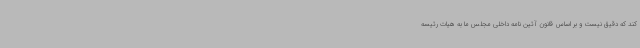
کند که دقیق نیست و بر اساس قانون آئین نامه داخلی مجلس ما به هیات رئیسه